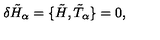
\delta { \tilde { H } } _ { \alpha } = \lbrace \tilde { H } , { \tilde { T } } _ { \alpha } \rbrace = 0 ,